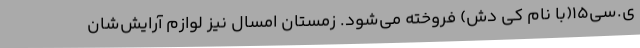
ی.سی۱۵(با نام کی دش) فروخته می‌شود. زمستان امسال نیز لوازم آرایش‌شان